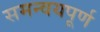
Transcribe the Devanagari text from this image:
समन्वयपूर्ण